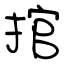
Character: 捾